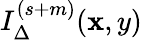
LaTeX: I_{\Delta}^{(s+m)}(\mathbf{x},y)